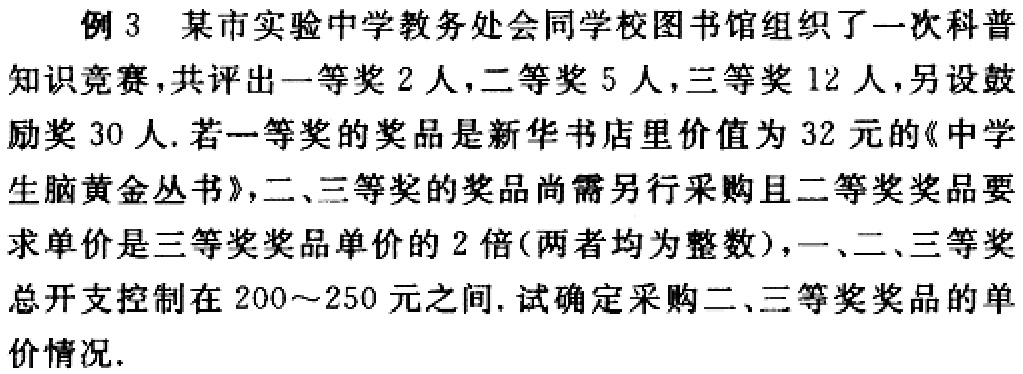
例3 某市实验中学教务处会同学校图书馆组织了一次科普知识竞赛，共评出一等奖2人，二等奖5人，三等奖12人，另设鼓励奖30人. 若一等奖的奖品是新华书店里价值为32元的《中学生脑黄金丛书》，二、三等奖的奖品尚需另行采购且二等奖奖品要求单价是三等奖奖品单价的2倍(两者均为整数)，一、二、三等奖总开支控制在200～250元之间. 试确定采购二、三等奖奖品的单价情况.